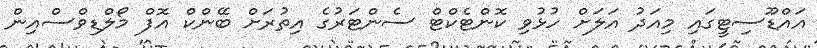
އައްޑޫސިޓީގައި މިއަދު އަލަށް ހުޅުވި ކޮންޓެކްޓް ސެންޓަރުގެ އިތުރަށް ބޭންކް އޮފް މޯލްޑިވްސްއިން